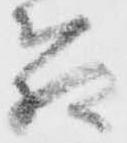
箱